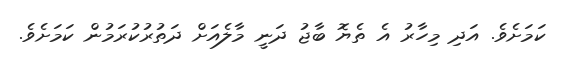
ކަމަށެވެ. އަދި މިހާރު އެ ތެޔޮ ބާޖު ދަނީ މާލެއަށް ދަތުރުކުރަމުން ކަމަށެވެ.